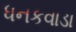
ધનકવાડા